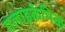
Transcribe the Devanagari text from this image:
गलाइकेमिक